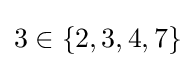
3\in \{2,3,4,7\}